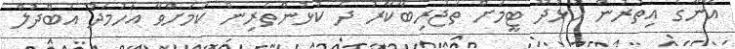
އޭނާގެ އިތުރުން ހުޅުދޫ ޓީމަށް ތަޖުރިބާކާރު ދެ ކުޅުންތެރިން ކަމަށްވާ އަހުމަދު އަބްދުލް